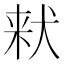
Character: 𪺽